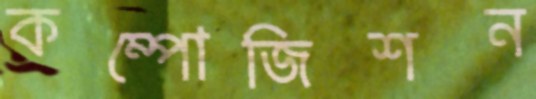
কম্পোজিশন